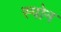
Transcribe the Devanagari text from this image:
स्पोन